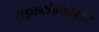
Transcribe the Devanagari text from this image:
राइककोन्कोरडेट